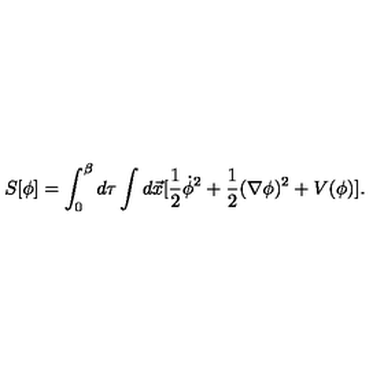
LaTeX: S [ \phi ] = \int _ { 0 } ^ { \beta } d \tau \int d \vec { x } [ \frac { 1 } { 2 } \dot { \phi } ^ { 2 } + \frac { 1 } { 2 } ( \nabla \phi ) ^ { 2 } + V ( \phi ) ] .